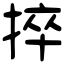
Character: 捽